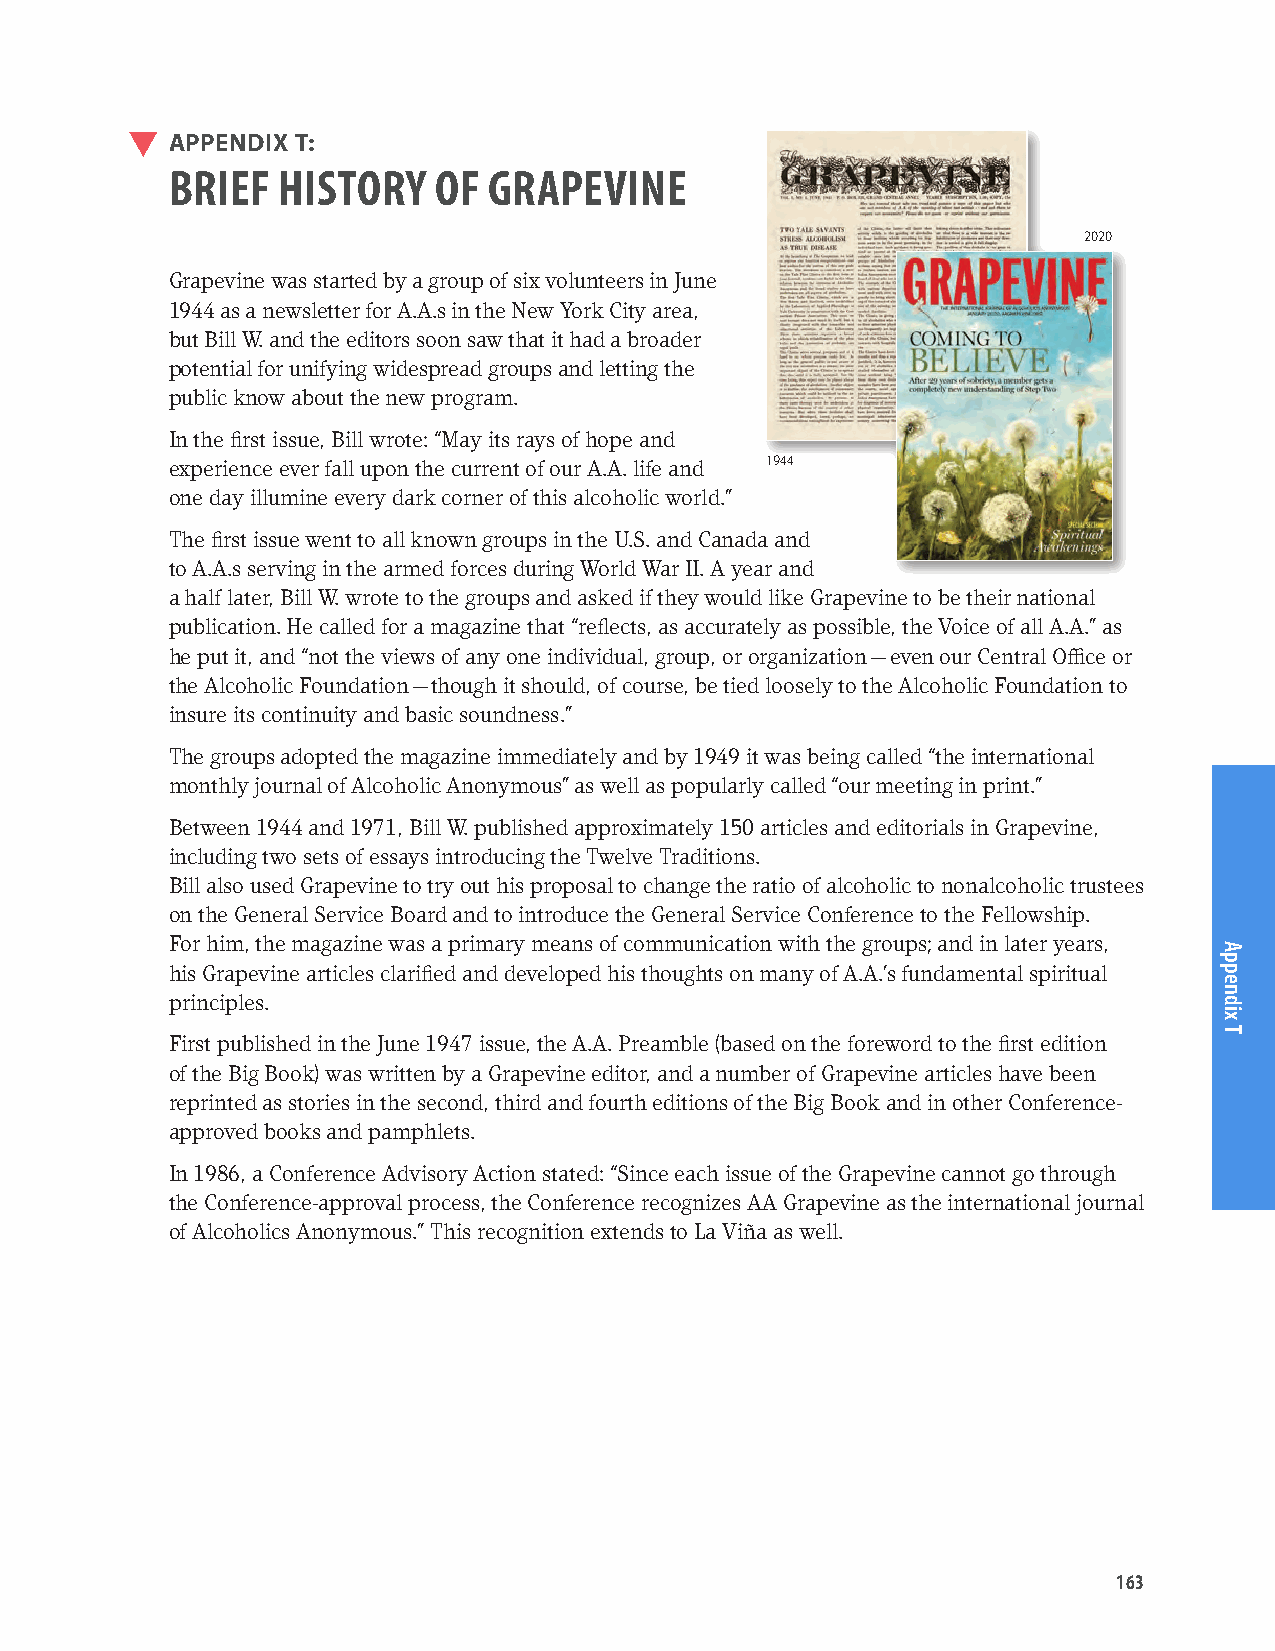
APPENDIX T:
 BRIEF  HISTORY    OF GRAPEVINE
 2020
 Grapevine was started by a group of six volunteers in June
 1944 as a newsletter for A.A.s in the New York City area,
 but Bill W. and the editors soon saw that it had a broader
 potential for unifying widespread groups and letting the
 public know about the new program.
 In the first issue, Bill wrote: “May its rays of hope and
 experience ever fall upon the current of our A.A. life and 1944
 one day illumine every dark corner of this alcoholic world.”
 The first issue went to all known groups in the U.S. and Canada and
 to A.A.s serving in the armed forces during World War II. A year and
 a half later, Bill W. wrote to the groups and asked if they would like Grapevine to be their national
 publication. He called for a magazine that “reflects, as accurately as possible, the Voice of all A.A.” as
 he put it, and “not the views of any one individual, group, or organization — even our Central Office or
 the Alcoholic Foundation — though it should, of course, be tied loosely to the Alcoholic Foundation to
 insure its continuity and basic soundness.”
 The groups adopted the magazine immediately and by 1949 it was being called “the international
 monthly journal of Alcoholic Anonymous” as well as popularly called “our meeting in print.”
 Between 1944 and 1971, Bill W. published approximately 150 articles and editorials in Grapevine,
 including two sets of essays introducing the Twelve Traditions.
 Bill also used Grapevine to try out his proposal to change the ratio of alcoholic to nonalcoholic trustees
 on the General Service Board and to introduce the General Service Conference to the Fellowship.
 For him, the magazine was a primary means of communication with the groups; and in later years,
 his Grapevine articles clarified and developed his thoughts on many of A.A.’s fundamental spiritual
 principles.
 First published in the June 1947 issue, the A.A. Preamble (based on the foreword to the first edition
 of the Big Book) was written by a Grapevine editor, and a number of Grapevine articles have been
 reprinted as stories in the second, third and fourth editions of the Big Book and in other Conference-
 approved books and pamphlets.
 In 1986, a Conference Advisory Action stated: “Since each issue of the Grapevine cannot go through
 the Conference-approval process, the Conference recognizes AA Grapevine as the international journal
 of Alcoholics Anonymous.” This recognition extends to La Viña as well.
 163
 Appendix
 T